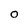
Character: 0